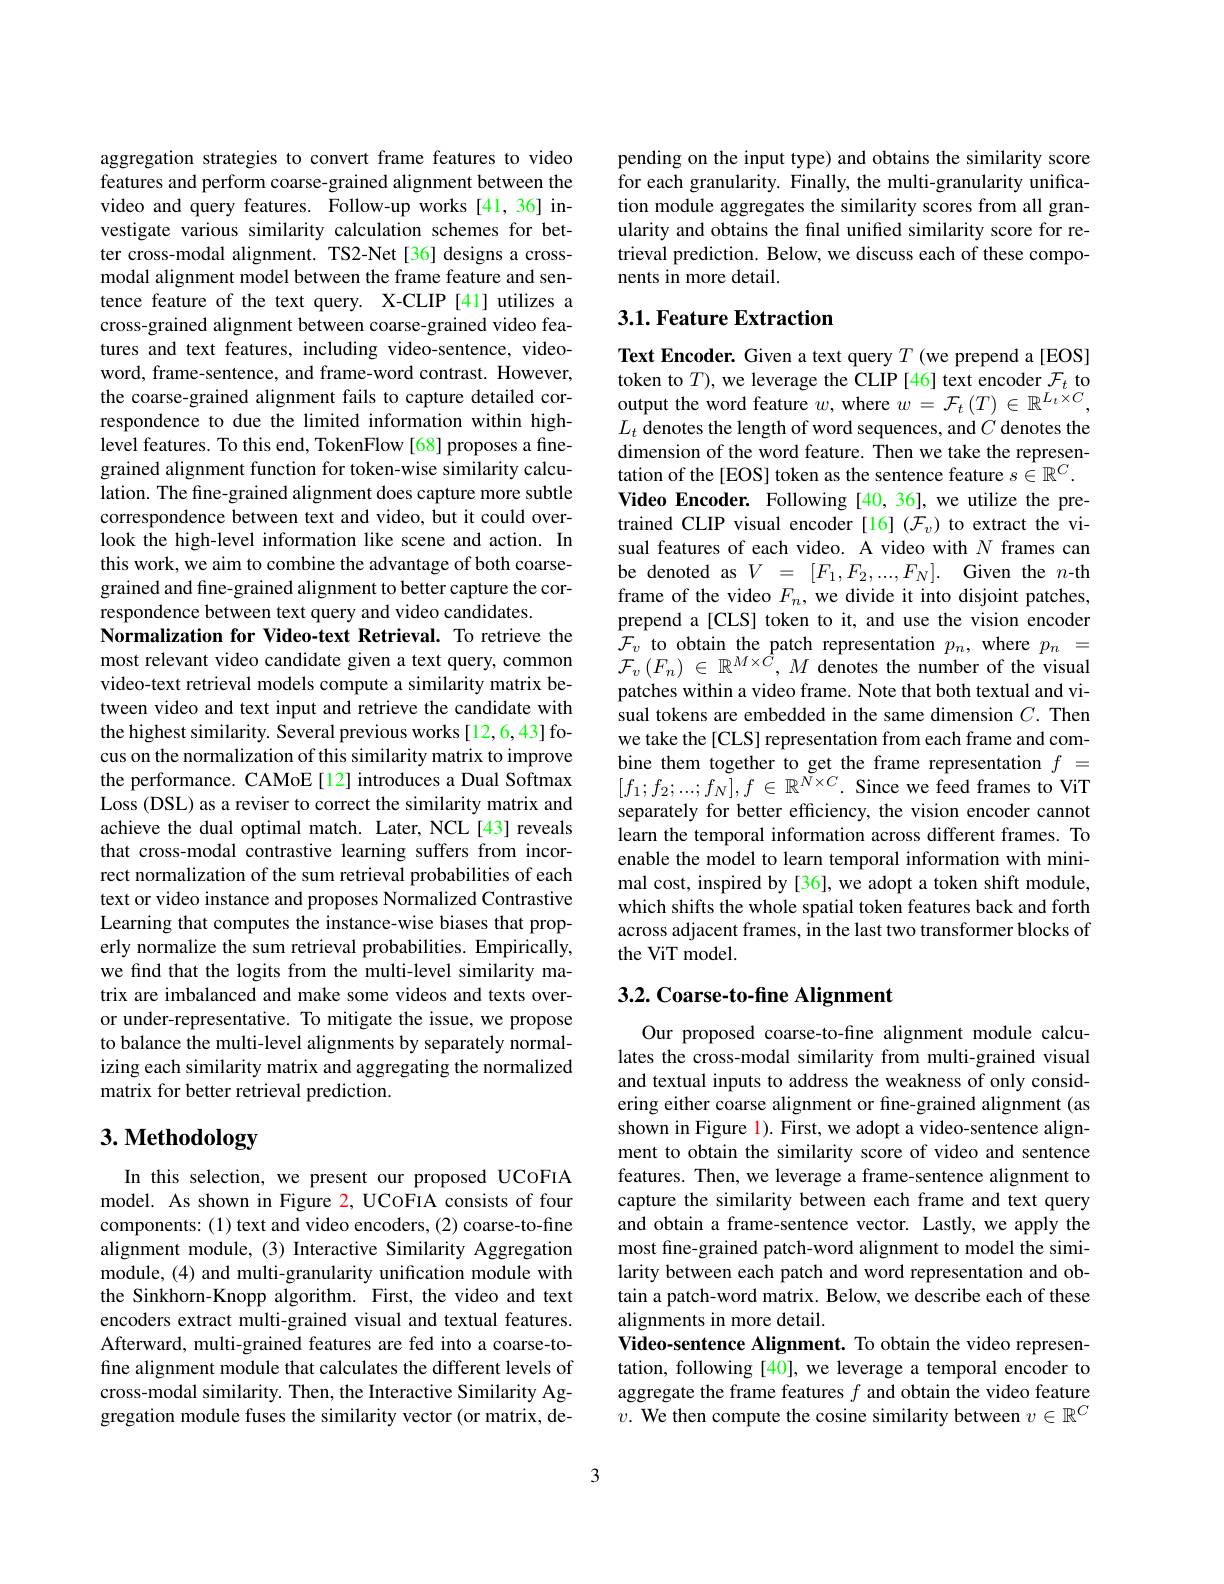
aggregation strategies to convert frame features to video features and perform coarse-grained alignment between the video and query features. Follow-up works[41,36] investigate various similarity calculation schemes for better cross-modal alignment. TS2-Net[36] designs a crossmodal alignment model between the frame feature and sentence feature of the text query. X-CLIP [41] utilizes a cross-grained alignment between coarse-grained video features and text features, including video-sentence, videoword, frame-sentence, and frame-word contrast. However, the coarse-grained alignment fails to capture detailed correspondence to due the limited information within highlevel features. To this end, TokenFlow [68] proposes a finegrained alignment function for token-wise similarity calculation. The fine-grained alignment does capture more subtle correspondence between text and video, but it could overlook the high-level information like scene and action. In this work, we aim to combine the advantage of both coarsegrained and fine-grained alignment to better capture the correspondence between text query and video candidates.
Normalization for Video-text Retrieval. To retrieve the most relevant video candidate given a text query, common video-text retrieval models compute a similarity matrix between video and text input and retrieve the candidate with the highest similarity. Several previous works[12,6,43] focus on the normalization of this similarity matrix to improve the performance. CAMoE[12] introduces a Dual Softmax Loss (DSL) as a reviser to correct the similarity matrix and achieve the dual optimal match. Later, NCL[43] reveals that cross-modal contrastive learning suffers from incorrect normalization of the sum retrieval probabilities of each text or video instance and proposes Normalized Contrastive Learning that computes the instance-wise biases that properly normalize the sum retrieval probabilities. Empirically, we find that the logits from the multi-level similarity matrix are imbalanced and make some videos and texts overor under-representative. To mitigate the issue, we propose to balance the multi-level alignments by separately normalizing each similarity matrix and aggregating the normalized matrix for better retrieval prediction.

# $3. \textbf{ Methodology}$

In this selection, we present our proposed UCoFIA model. As shown in Figure 2, UCoFIA consists of four components: (1) text and video encoders, (2) coarse-to-fine alignment module, (3) Interactive Similarity Aggregation module, (4) and multi-granularity unification module with the Sinkhorn-Knopp algorithm. First, the video and text encoders extract multi-grained visual and textual features. Afterward, multi-grained features are fed into a coarse-tofine alignment module that calculates the different levels of cross-modal similarity. Then, the Interactive Similarity Aggregation module fuses the similarity vector (or matrix, de-

pending on the input type) and obtains the similarity score for each granularity. Finally, the multi-granularity unification module aggregates the similarity scores from all granularity and obtains the final unifed similarity score for retrieval prediction. Below, we discuss each of these components in more detail.

## 3.1. Feature Extraction

Text Encoder. Given a text query $T$ (we prepend a[EOS] token to $T)$, we leverage the CLIP [46] text encoder $\mathcal{F}_t$ to output the word feature $w$, where $w=\mathcal{F}_t\left(T\right)\in\mathbb{R}^{L_t\times C}$, $L_t$ denotes the length of word sequences, and $C$ denotes the dimension of the word feature. Then we take the representation of the[EOS] token as the sentence feature $s\in\mathbb{R}^C.$ Video Encoder. Following[40,36],we utilize the pretrained CLIP visual encoder [16] ($\mathcal{F}_v)$ to extract the visual features of each video. A video with $N$ frames can be denoted as $V= [ F_1, F_2, . . . , F_N] .$ Given the $n$-th frame of the video $F_n$, we divide it into disjoint patches, prepend a[CLS] token to it, and use the vision encoder $\mathcal{F}_v$ to obtain the patch representation $p_n$, where $p_n=$ $\mathcal{F}_{v}\left(F_{n}\right)\in\mathbb{R}^{M\times\hat{C}},M$ denotes the number of the visual patches within a video frame. Note that both textual and visual tokens are embedded in the same dimension $C.$ Then we take the [CLS] representation from each frame and combine them together to get the frame representation $f=$ $[f_{1};f_{2};...;f_{N}],f\in\mathbb{R}^{\breve{N}\times C}.$ Since we feed frames to ViT separately for better efficiency, the vision encoder cannot learn the temporal information across different frames. To enable the model to learn temporal information with minimal cost, inspired by [36], we adopt a token shift module, which shifts the whole spatial token features back and forth across adjacent frames, in the last two transformer blocks of the ViT model.

## 3.2. Coarse-to-fine Alignment

Our proposed coarse-to-fine alignment module calculates the cross-modal similarity from multi-grained visual and textual inputs to address the weakness of only considering either coarse alignment or fine-grained alignment (as shown in Figure 1). First, we adopt a video-sentence alignment to obtain the similarity score of video and sentence features. Then, we leverage a frame-sentence alignment to capture the similarity between each frame and text query and obtain a frame-sentence vector. Lastly, we apply the most fine-grained patch-word alignment to model the similarity between each patch and word representation and obtain a patch-word matrix. Below, we describe each of these alignments in more detail.
Video-sentence Alignment. To obtain the video representation, following [40], we leverage a temporal encoder to aggregate the frame features $f$ and obtain the video feature $v.$ We then compute the cosine similarity between $v\in\mathbb{R}^C$

3